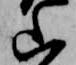
山